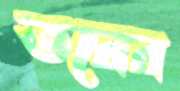
তরের